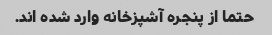
حتما از پنجره آشپزخانه وارد شده اند.